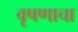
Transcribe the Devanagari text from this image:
वृषणाचा